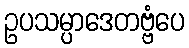
ဥပသမ္ပာဒေတဗ္ဗံပေ